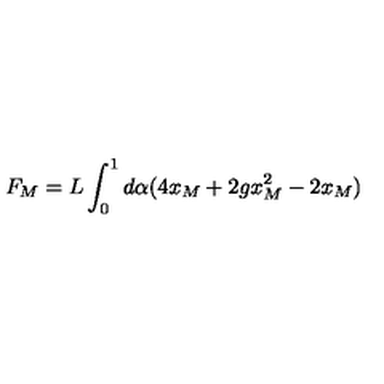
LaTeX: F _ { M } = L \int _ { 0 } ^ { 1 } d \alpha ( 4 x _ { M } + 2 g x _ { M } ^ { 2 } - 2 x _ { M } )